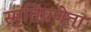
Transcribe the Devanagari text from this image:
स्मृतिप्रणेता